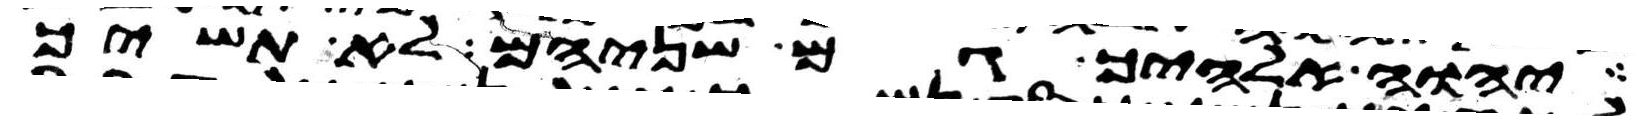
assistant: יהוה אלהיך גם שניהם לא תשיך